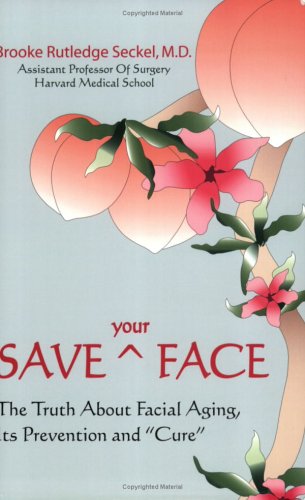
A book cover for Save Your Face: The Truth About Facial Aging, Its Prevention, and Cure; Brooke R. Seckel; Health, Fitness & Dieting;